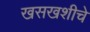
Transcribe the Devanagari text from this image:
खसखशीचे